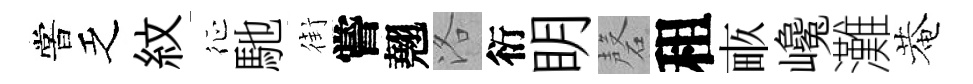
嘗乏紋征馳街嘗翹洛衍眀磬租畞巉灘菴